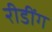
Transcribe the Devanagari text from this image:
रीडींग